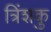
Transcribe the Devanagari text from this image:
त्रिंशकु